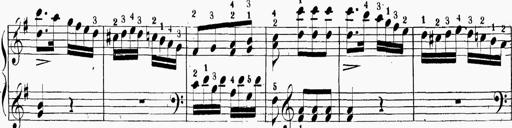
Title: 6 Sonatinas
Composer: Carl Reinecke